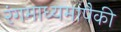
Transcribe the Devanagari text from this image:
रंगमाध्यमांपैकी